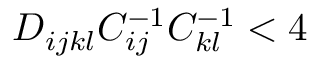
D _ { i j k l } C _ { i j } ^ { - 1 } C _ { k l } ^ { - 1 } < 4